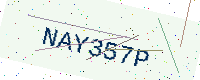
Text: NAY357P